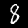
Digit: 8